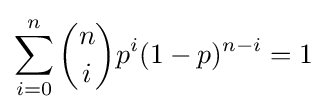
\sum _{i=0}^{n}{n \choose i}p^{i}(1-p)^{n-i}=1